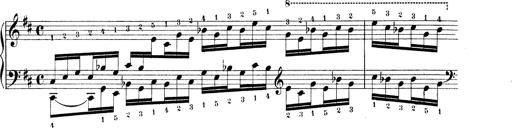
Title: Technische Studien
Composer: Franz Liszt